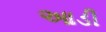
આડી